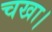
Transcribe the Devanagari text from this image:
चखा।